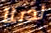
لدينا